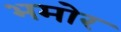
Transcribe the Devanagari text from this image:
भमोर